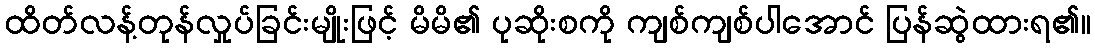
ထိတ်လန့်တုန်လှုပ်ခြင်းမျိုးဖြင့် မိမိ၏ ပုဆိုးစကို ကျစ်ကျစ်ပါအောင် ပြန်ဆွဲထားရ၏။